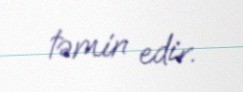
təmin edir.